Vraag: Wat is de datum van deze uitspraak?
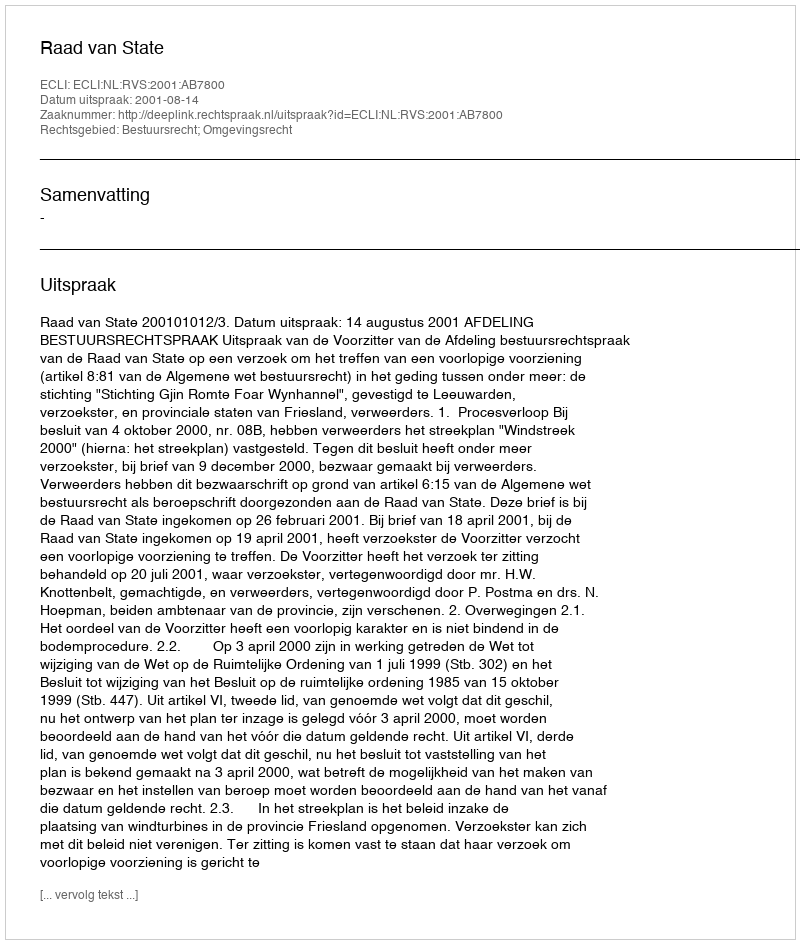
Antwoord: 2001-08-14